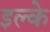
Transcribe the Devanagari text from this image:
इल्‍के